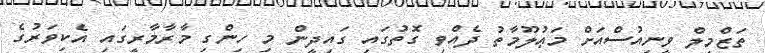
ތަޒްމީލް ވީނިއުސްއަށް މަޢުލޫމާތު ދެއްވި ގޮތުގައި ގައިދީން މި ހިންގި މާރާމާރީގައި އެކިވަރުގެ